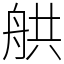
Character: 舼